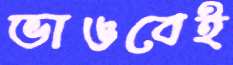
ভাঙবেই